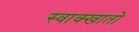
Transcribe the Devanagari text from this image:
स्वाक्खातो